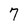
Character: 7